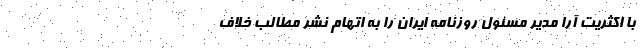
با اکثریت آرا مدیر مسئول روزنامه ایران را به اتهام نشر مطالب خلاف